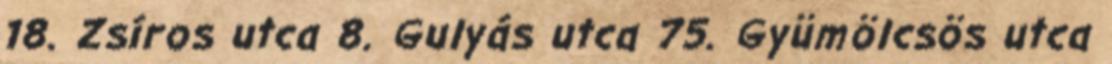
18. Zsíros utca 8. Gulyás utca 75. Gyümölcsös utca